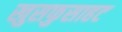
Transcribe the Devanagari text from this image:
खुसफुसाहट